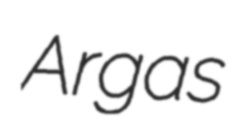
Argas